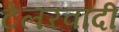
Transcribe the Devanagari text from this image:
टेलरवादी